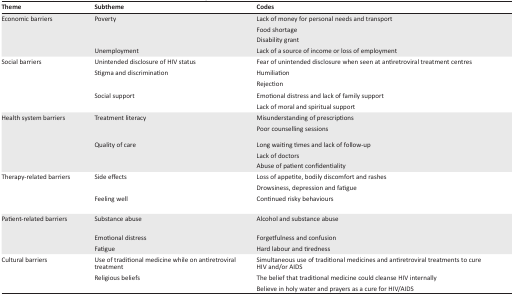
<table><thead><tr><td><b>Theme</b></td><td><b>Subtheme</b></td><td><b>Codes</b></td></tr></thead><tbody><tr><td>Economic barriers</td><td>Poverty</td><td>Lack of money for personal needs and transport</td></tr><tr><td></td><td></td><td>Food shortage</td></tr><tr><td></td><td></td><td>Disability grant</td></tr><tr><td></td><td>Unemployment</td><td>Lack of a source of income or loss of employment</td></tr><tr><td>Social barriers</td><td>Unintended disclosure of HIV status</td><td>Fear of unintended disclosure when seen at antiretroviral treatment centres</td></tr><tr><td></td><td>Stigma and discrimination</td><td>Humiliation</td></tr><tr><td></td><td></td><td>Rejection</td></tr><tr><td></td><td>Social support</td><td>Emotional distress and lack of family support</td></tr><tr><td></td><td></td><td>Lack of moral and spiritual support</td></tr><tr><td>Health system barriers</td><td>Treatment literacy</td><td>Misunderstanding of prescriptions</td></tr><tr><td></td><td></td><td>Poor counselling sessions</td></tr><tr><td></td><td>Quality of care</td><td>Long waiting times and lack of follow-up</td></tr><tr><td></td><td></td><td>Lack of doctors</td></tr><tr><td></td><td></td><td>Abuse of patient confidentiality</td></tr><tr><td>Therapy-related barriers</td><td>Side effects</td><td>Loss of appetite, bodily discomfort and rashes</td></tr><tr><td></td><td></td><td>Drowsiness, depression and fatigue</td></tr><tr><td></td><td>Feeling well</td><td>Continued risky behaviours</td></tr><tr><td>Patient-related barriers</td><td>Substance abuse</td><td>Alcohol and substance abuse</td></tr><tr><td></td><td>Emotional distress</td><td>Forgetfulness and confusion</td></tr><tr><td></td><td>Fatigue</td><td>Hard labour and tiredness</td></tr><tr><td>Cultural barriers</td><td>Use of traditional medicine while on antiretroviral treatment</td><td>Simultaneous use of traditional medicines and antiretroviral treatments to cure HIV and/or AIDS</td></tr><tr><td></td><td>Religious beliefs</td><td>The belief that traditional medicine could cleanse HIV internally</td></tr><tr><td></td><td></td><td>Believe in holy water and prayers as a cure for HIV/AIDS</td></tr></tbody></table>